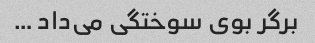
برگر بوی سوختگی می‌داد …